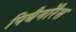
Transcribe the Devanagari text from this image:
पिथैगोरैस